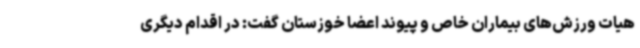
هیات ورزش‌های بیماران خاص و پیوند اعضا خوزستان گفت: در اقدام دیگری